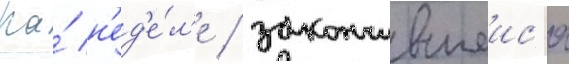
На́ н'ед'е́л'е / закончившеис'я